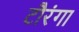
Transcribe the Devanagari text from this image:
टौरंगा